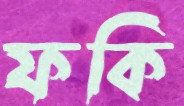
ফকি